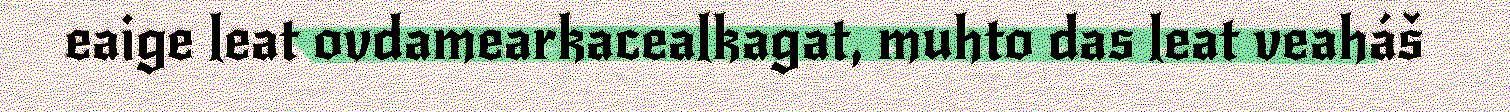
eaige leat ovdamearkacealkagat, muhto das leat veaháš